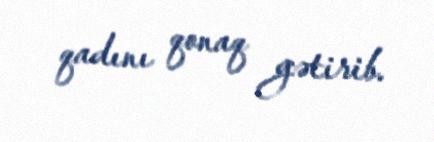
qadını qonaq gətirib.